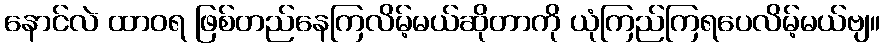
နောင်လဲ ထာဝရ ဖြစ်တည်နေကြလိမ့်မယ်ဆိုတာကို ယုံကြည်ကြရပေလိမ့်မယ်ဗျ။